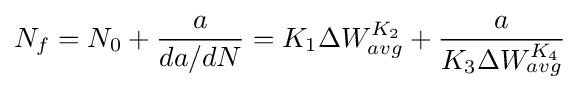
N_{f}=N_{0}+{\frac {a}{da/dN}}=K_{1}\Delta W_{avg}^{K_{2}}+{\frac {a}{K_{3}\Delta W_{avg}^{K_{4}}}}